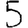
Digit: 5